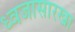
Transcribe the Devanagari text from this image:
ध्वजासारखा